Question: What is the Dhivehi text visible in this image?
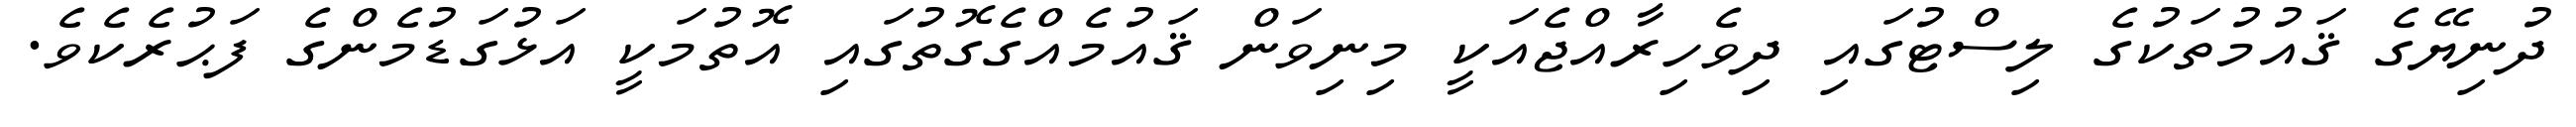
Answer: ދުނިޔޭގެ ޤައުމުތަކުގެ ލިސްޓުގައި ދިވެހިރާއްޖެއަކީ މިނިވަން ޤައުމެއްގެގޮތުގައި އޮތުމަކީ އަޅުގަޑުމެންގެ ފަޙުރެކެވެ.